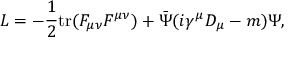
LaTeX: { \cal L } = - \frac { 1 } { 2 } \mathrm { t r } ( F _ { \mu \nu } F ^ { \mu \nu } ) + \bar { \Psi } ( i \gamma ^ { \mu } D _ { \mu } - m ) \Psi ,